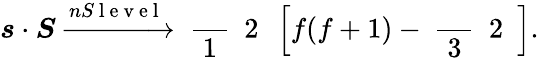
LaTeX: \boldsymbol{s}\cdot\boldsymbol{S}\xrightarrow{{nS\mathrm{~l~e~v~e~l~}}}\mathrm{~\frac~{~1~}~{~2~}~}\left[f(f+1)-\mathrm{~\frac~{~3~}~{~2~}~}\right].